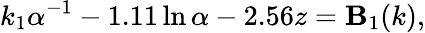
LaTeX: k_{1}\alpha^{-1}-1.11\ln\alpha-2.56z=\mathbf{B}_{1}(k),